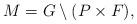
LaTeX: \begin{align*} M = G\setminus(P \times F),\end{align*}